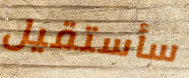
سأستقيل